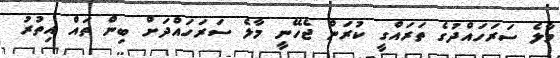
މާލެ ސަރަހައްދުގެ ތަރައްގީ ކުރަން ޖެހޭނީ މާލެ ސަރަހައްދަށް ބިން ތައް އިތުރު